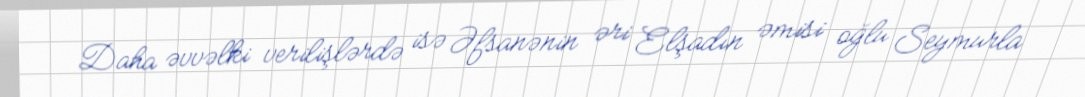
Daha əvvəlki verilişlərdə isə Əfsanənin əri Elşadın əmisi oğlu Seymurla